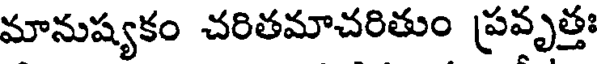
మానుష్యకం చరితమాచరితుం ప్రవృత్తః